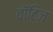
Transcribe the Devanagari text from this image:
वॉटिज